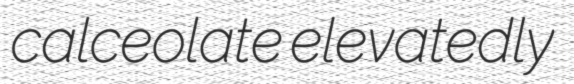
calceolate elevatedly